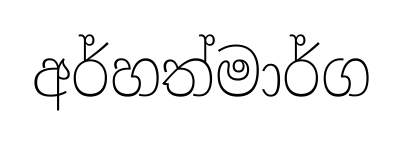
අර්හත්මාර්ග